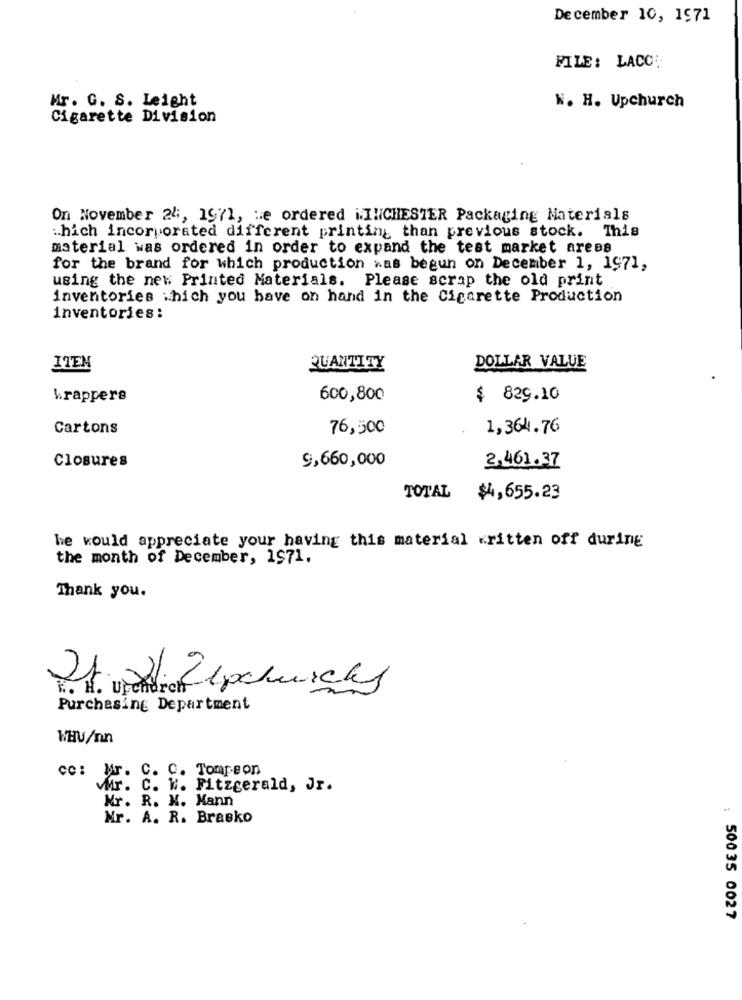
December 10, 1971
FILE: LACC:
Mr. G. S. Leight
W. H. Upchurch
Cigarette Division
On November 24, 1971, He ordered iINCHESTER Packaging Materials
.. hich incorporated different printing than previous stock. This
material was ordered in order to expand the test market arees
for the brand for which production has begun on December 1, 1971,
using the new Printed Materials. Please scrap the old print
inventories which you have on hand in the Cigarette Production
inventories:
ITEM
QUANTITY
DOLLAR VALUE
Wrappers
600,800
$ 829.10
Cartons
76,500
1,364.76
Closures
9,660,000
2.461.37
TOTAL
$4,655.23
he would appreciate your having this material written off during
the month of December, 1971.
Thank you.
It g Zipchurchy
Purchasing Department
HHV/nn
cc: Mr. C. C. Tompson
WMr. C. W. Fitzgerald, Jr.
Mr. R. K. Mann
Mr. A. R. Brasko
: 50035 0027